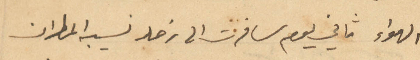
الهواء ثاني يوم سافرت الى زحله نسيبه المطران